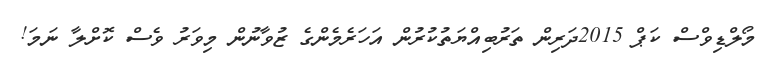
މޯލްޑިވްސް ކަޕް 2015ދަރިން ތަރުބިއްޔަތުކުރުން އަހަރެމެންގެ ޒުވާނުން މިވަރު ވެސް ކޮށްލާ ނަމަ!